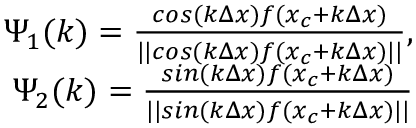
\begin{array} { r } { \Psi _ { 1 } ( k ) = \frac { c o s ( k \Delta x ) f ( x _ { c } + k \Delta x ) } { | | c o s ( k \Delta x ) f ( x _ { c } + k \Delta x ) | | } , } \\ { \Psi _ { 2 } ( k ) = \frac { s i n ( k \Delta x ) f ( x _ { c } + k \Delta x ) } { | | s i n ( k \Delta x ) f ( x _ { c } + k \Delta x ) | | } } \end{array}